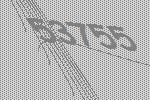
53755